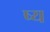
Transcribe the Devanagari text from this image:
ष्य